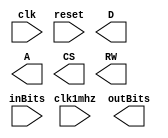
module Output_Stage(
	input clk, clk1mhz, reset,
	input [199:0]inBits,
	output reg [32:0]outBits,
	output reg [7:0]D,
	output reg [4:0]A,
	output reg CS, RW
	);
	reg [7:0]regs[28:0];
	reg [7:0]nextRegs[28:0];
	reg [4:0]addr;
	reg [4:0]nextAddr;

	localparam  maxAddr = 5'd28;

	always@*begin
		addr = 0;
		if(addr >= 5'd0 && addr <= 5'd24)begin //write range
			if(inBits[8*addr +: 8] == regs[addr])begin
				nextAddr = addr+1'b1;
			end
			else begin

			end
		end
		else if(addr >= 5'd25 && addr <= 5'd28)begin //read range

		end
		
		if(nextAddr == maxAddr) nextAddr = 5'b0;
	end
endmodule